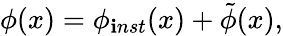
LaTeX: \phi(x)=\phi_{\mathbf{i}nst}(x)+\tilde{{\phi}}(x),